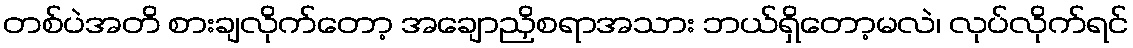
တစ်ပဲအတိ စားချလိုက်တော့ အချောညှိစရာအသား ဘယ်ရှိတော့မလဲ၊ လုပ်လိုက်ရင်